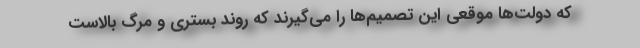
که دولت‌ها موقعی این تصمیم‌ها را می‌گیرند که روند بستری و مرگ بالاست